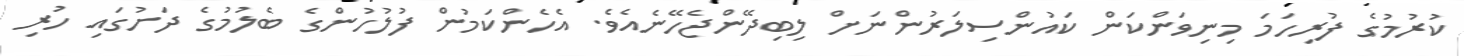
ކުރުމުގެ ފުރިހަމަ މިނިވަންކަން ކައުންސިލަރުންނަށް ލިބިދޭންޖެހޭނެއެވެ. އެހެންކަމުން ފުލުހުންގެ ބެލުމުގެ ދަށުގައި ހުރި